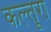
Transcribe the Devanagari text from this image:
कल्तूरा